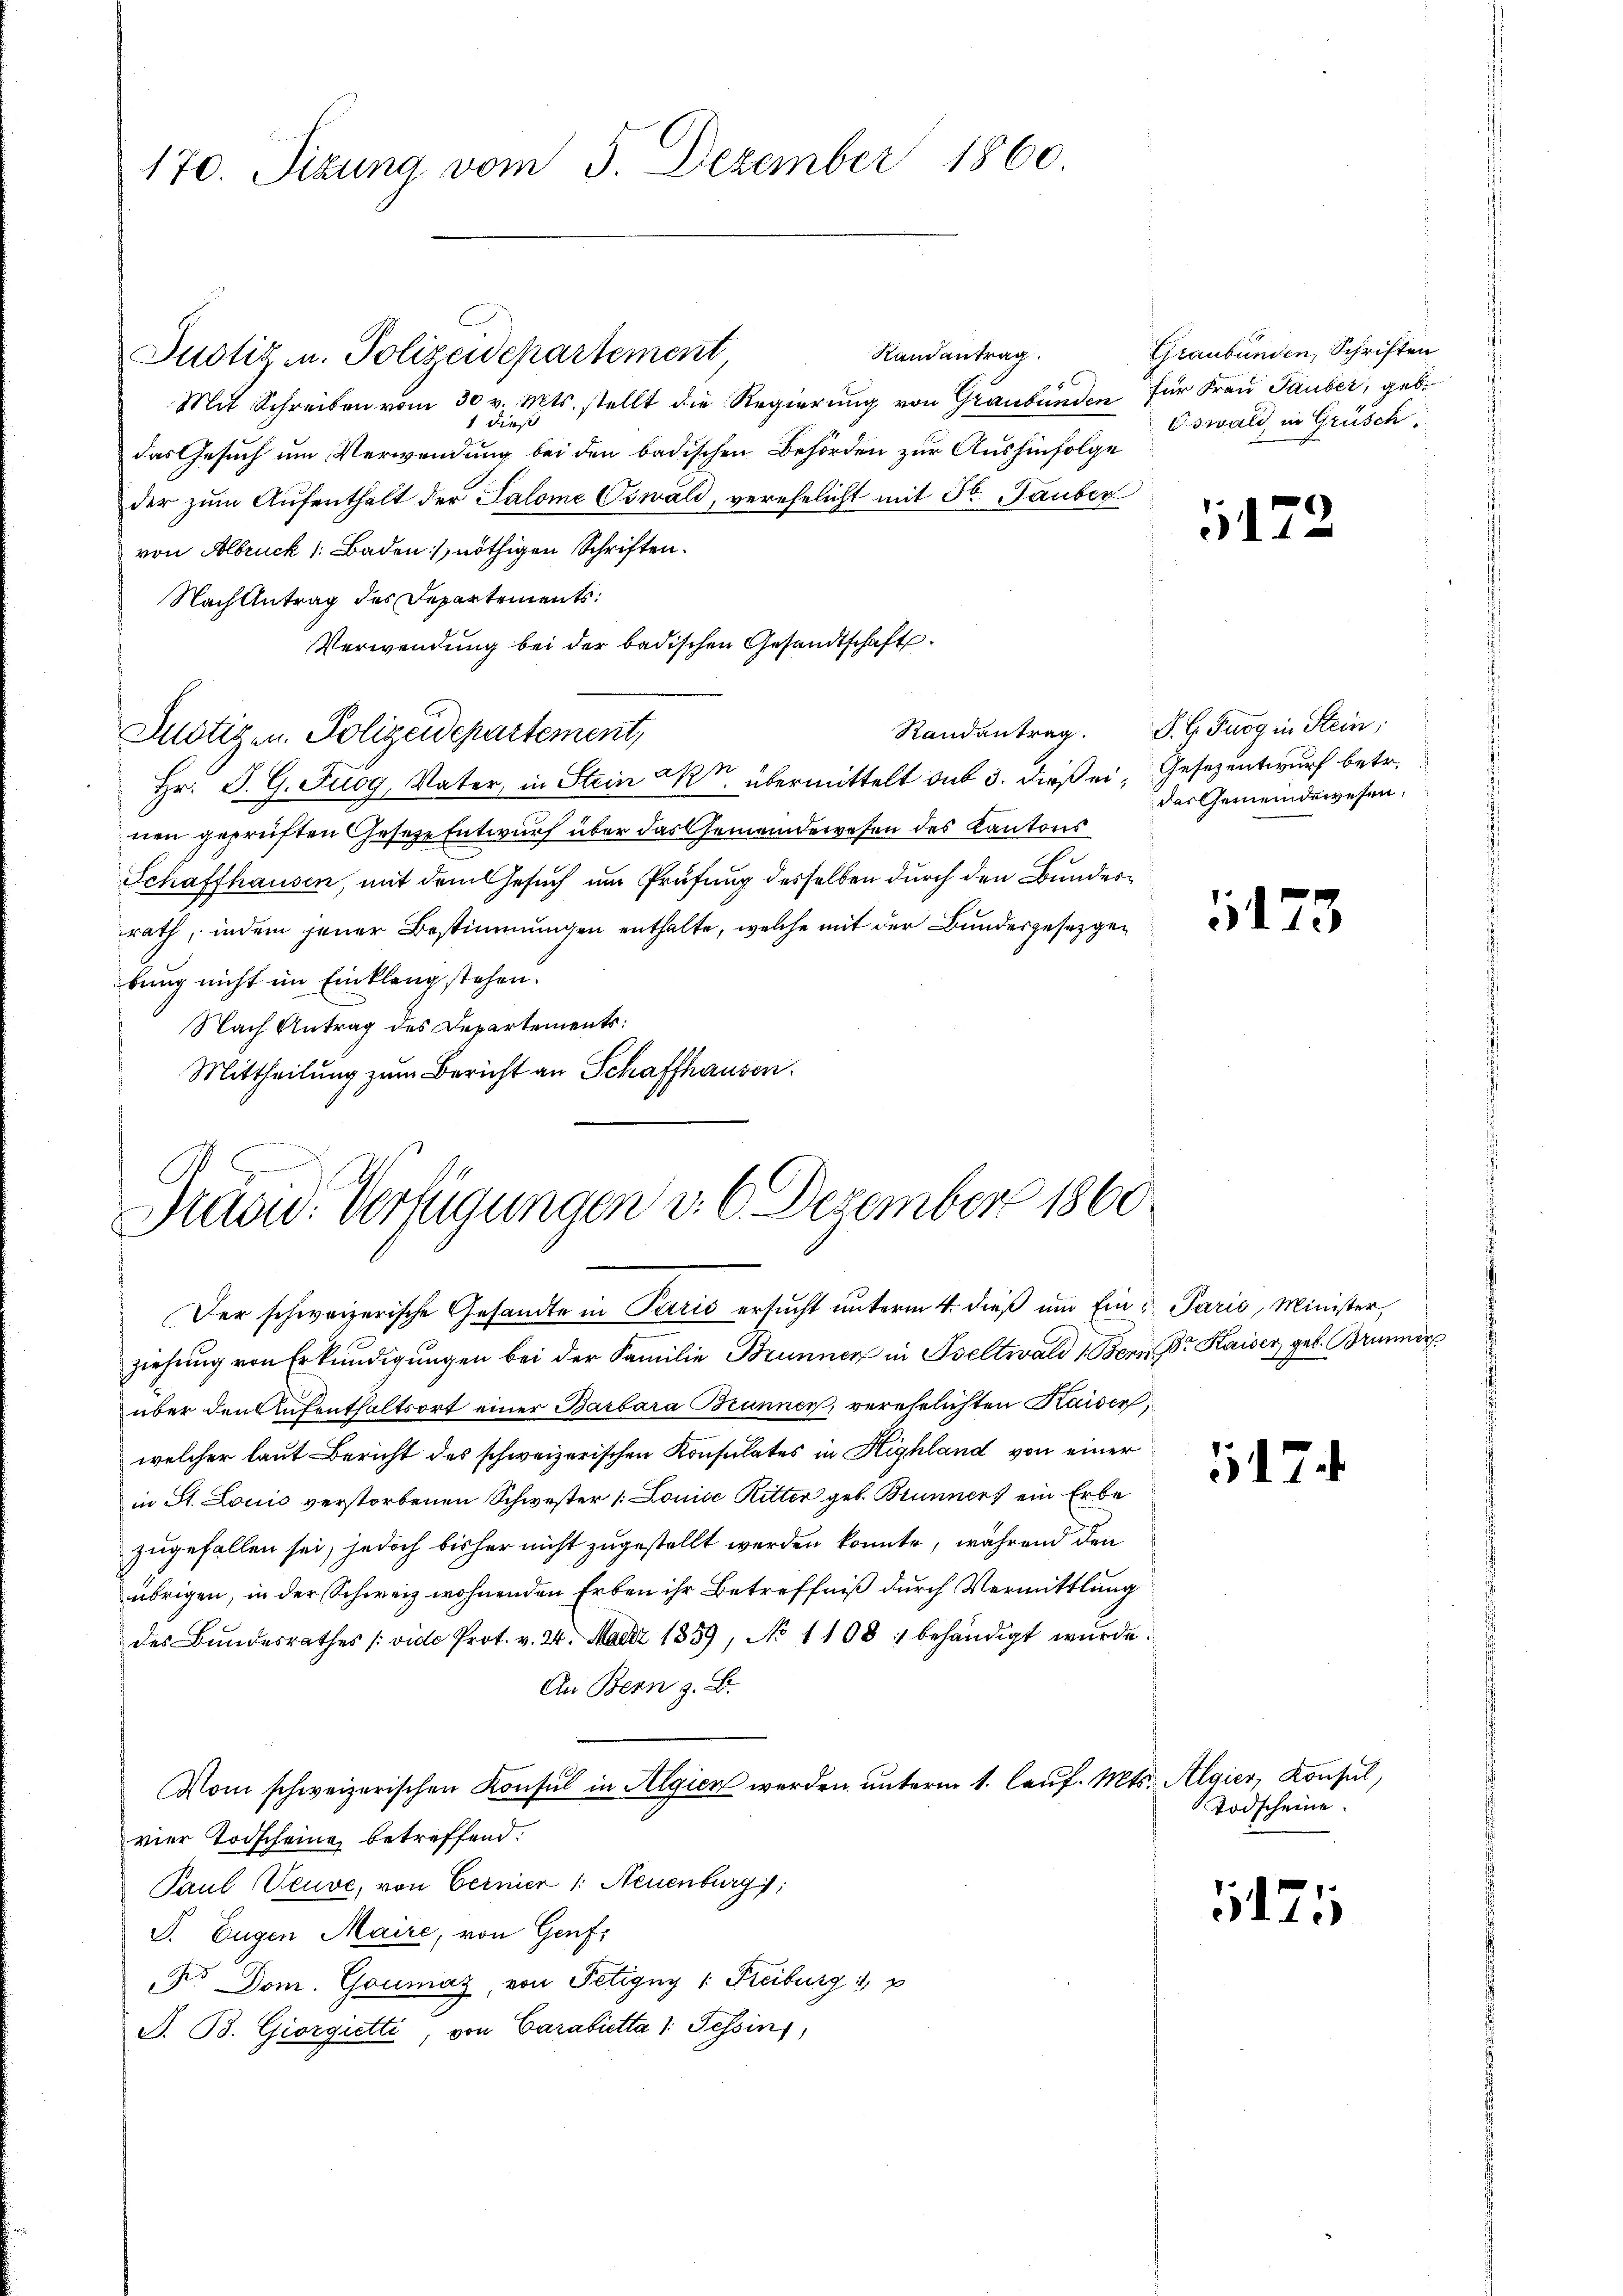
170. Sitzung vom 5. Dezember 1860.

Randantrag
Justiz u. Polizeidepartement
Mit Schreiben vom 30 v. Mts. stellt die Regierŭng von Graubünden für Frau Tauber, gebe
1 diese
das Gesuch um Verwendung bei den badischen Behörden zur Aushinfolge
der zum Aufenthalt der Salome Oswald, verehelicht mit St. Tauber
von Albruck 1. Baden, nöthigen Schriften.
Nach Antrag des Departements:
Verwendung bei der badischen Gesandtschaft
Randantrag. S. G. Furg in Stein;
Justigen. Polizeidepartement,
Hr. P. G. Fuog, Vater, in Stein Akt, übermittelt aus 3. dieß ein Gesezentwurf betr.
nen geprüften Geseze Entwurf über das Gemeindewesen des Kantons
Schaffhausen, mit dem Gesuch im Prüfung desselben durch den Bundesrath, indem jener Bestimmungen enthalte, welche mit der Bundesgesetzgebung nicht im Einklang stehen.
Nach Antrag des Departements:
Mittheilung zum Bericht an Schaffhausen.

Brand. Verfügungen d. 6. Dezember 1860.

Graubünden, Schriften
Eswald in Grüsch

Der schweizerische Gesandte in Parić ersucht unterm 4. dieß um Ein Paris, Minister,
ziehŭng von Erkundigŭngen bei der Familie Brunnen in seltwald 1. Bern Dr Kaiser geb. Brunner
über den Aufenthaltsort einer Barbara Brunnen, verehelichten Kaisen,
welcher laut Bericht des schweizerischen Konsulates in Highland von einer
in St. Louis verstorbenen Schwester 1. Louise Ritter geb. Brunners ein Erbe
zugefallen sei, jedoch bisher nicht zugestellt werden konnte, während den
übrigen, in der Schweiz wohnenden Erben ihr Betreffniß durch Vermittlung
des Bŭndesrathes (vide Prot. v. 24. Maerz 1859, No 1108 : behändigt wŭrde.
An Bern z. B.
Vom schweizerischen Konsul in Algien werden unterm 1. lauf. Mts. Algier, Konsul,
vier Todscheine betreffend.
Paul Veuve, von Cernier /: Neuenburg;
P. Eugen Maire, von Genf,
F. Dom. Goumaz, von Petigny v. Freiburg, p
S. B. Giorgietti, von Carabietta 1. Tessin,

172

das Gemeindewesen.

173

17

Todscheine.

11175